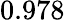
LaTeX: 0.978